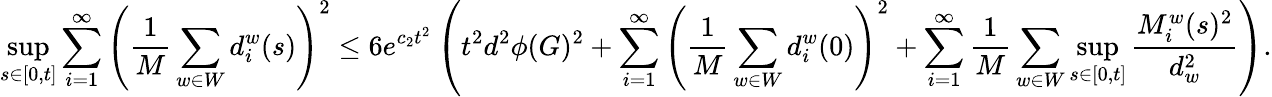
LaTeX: \operatorname*{sup}_{s\in[0,t]}\sum_{i=1}^{\infty}\left(\frac{1}{M}\sum_{w\in W}d_{i}^{w}(s)\right)^{2}\leq 6e^{c_{2}t^{2}}\left(t^{2}d^{2}\phi(G)^{2}+\sum_{i=1}^{\infty}\left(\frac{1}{M}\sum_{w\in W}d_{i}^{w}(0)\right)^{2}+\sum_{i=1}^{\infty}\frac{1}{M}\sum_{w\in W}\operatorname*{sup}_{s\in[0,t]}\frac{M_{i}^{w}(s)^{2}}{d_{w}^{2}}\right).